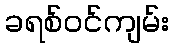
ခရစ်ဝင်ကျမ်း